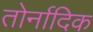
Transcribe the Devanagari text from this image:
तोर्नादिक